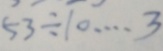
5 3 \div 1 0 \cdots 3